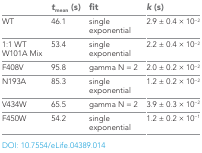
|  | tmean (s) | fit | k (s) |
 | --- | --- | --- | --- |
 | WT | 46.1 | single exponential | 2.9 ± 0.4 × 10−2 |
 | 1:1 WT W101A Mix | 53.4 | single exponential | 2.2 ± 0.4 × 10−2 |
 | F408V | 95.8 | gamma N = 2 | 2.0 ± 0.2 × 10−2 |
 | N193A | 85.3 | single exponential | 1.2 ± 0.2 × 10−2 |
 | V434W | 65.5 | gamma N = 2 | 3.9 ± 0.3 × 10−2 |
 | F450W | 54.2 | single exponential | 1.2 ± 0.2 × 10−1 |